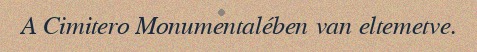
A Cimitero Monumentalében van eltemetve.